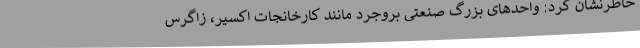
خاطرنشان کرد: واحدهای بزرگ صنعتی بروجرد مانند کارخانجات اکسیر، زاگرس